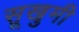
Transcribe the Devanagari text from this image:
सूखुमी